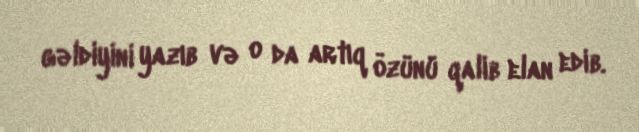
gəldiyini yazıb və o da artıq özünü qalib elan edib.